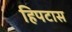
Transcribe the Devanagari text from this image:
हिपटास